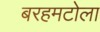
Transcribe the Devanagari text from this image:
बरहमटोला